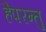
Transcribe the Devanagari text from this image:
हैपरन्तु